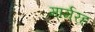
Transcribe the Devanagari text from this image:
मार्मरह